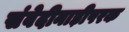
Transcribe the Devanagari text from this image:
संवेदीनाड़ीपरक